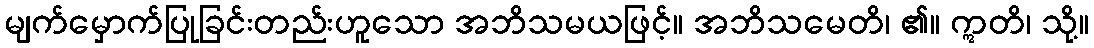
မျက်မှောက်ပြုခြင်းတည်းဟူသော အဘိသမယဖြင့်။ အဘိသမေတိ၊ ၏။ ဣတိ၊ သို့။